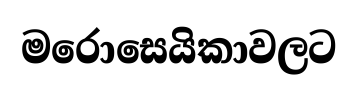
මරොසෙයිකාවලට